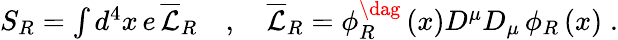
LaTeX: \begin{array}{r}{S_{R}=\int d^{4}x\, e\, \overline{{\mathcal{L}}}_{R}\quad,\quad\overline{{\mathcal{L}}}_{R}=\phi_{R}^{\dag}\left(x\right)D^{\mu}D_{\mu}\, \phi_{R}\left(x\right)\; .}\end{array}